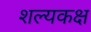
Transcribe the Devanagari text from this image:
शल्यकक्ष